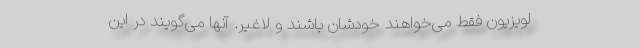
لویزیون فقط می‌خواهند خودشان باشند و لاغیر. آنها می‌گویند در این